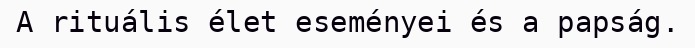
A rituális élet eseményei és a papság.